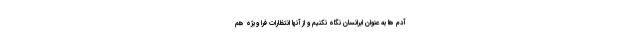
آدم ها به عنوان ابَرانسان نگاه نکنیم و از آنها انتظارات فرا ویژه هم